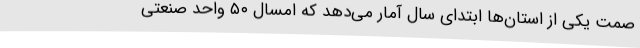
صمت یکی از استان‌ها ابتدای سال آمار می‌دهد که امسال ۵۰ واحد صنعتی